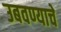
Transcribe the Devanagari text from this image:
उबवण्याचे